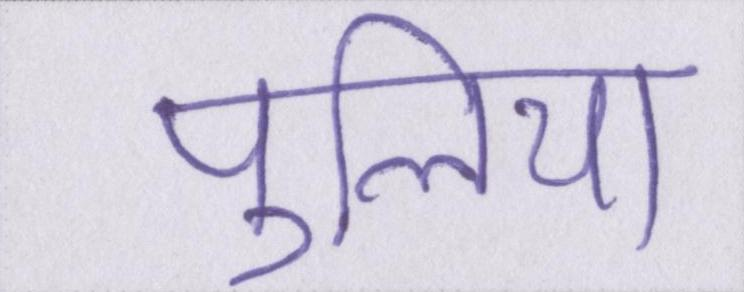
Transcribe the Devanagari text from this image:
पुलिया